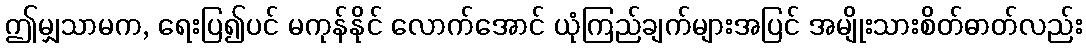
ဤမျှသာမက, ရေးပြ၍ပင် မကုန်နိုင် လောက်အောင် ယုံကြည်ချက်များအပြင် အမျိုးသားစိတ်ဓာတ်လည်း